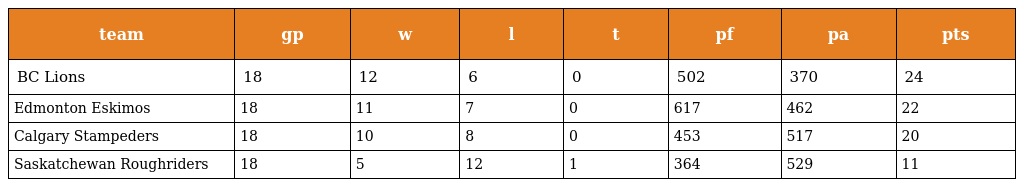
| team | gp | w | l | t | pf | pa | pts |
 | --- | --- | --- | --- | --- | --- | --- | --- |
 | BC Lions | 18 | 12 | 6 | 0 | 502 | 370 | 24 |
 | Edmonton Eskimos | 18 | 11 | 7 | 0 | 617 | 462 | 22 |
 | Calgary Stampeders | 18 | 10 | 8 | 0 | 453 | 517 | 20 |
 | Saskatchewan Roughriders | 18 | 5 | 12 | 1 | 364 | 529 | 11 |